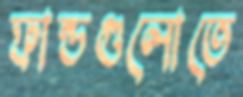
ফান্ডগুলোতে